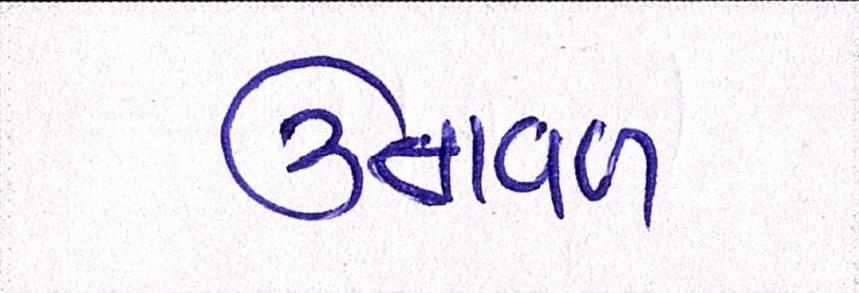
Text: ઉતાવળ